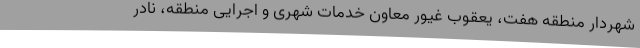
شهردار منطقه هفت، یعقوب غیور معاون خدمات شهری و اجرایی منطقه، نادر